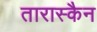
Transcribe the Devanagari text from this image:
तारास्कैन